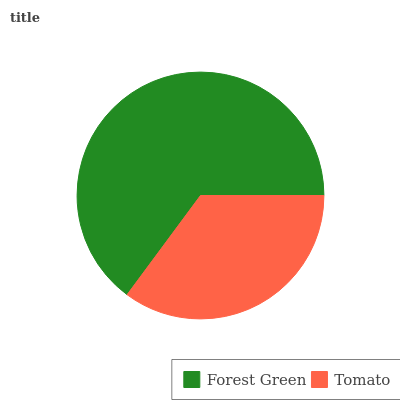
| Forest Green | Tomato |
 | --- | --- |
 | 64.9% | 35.1% |